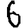
Digit: 6